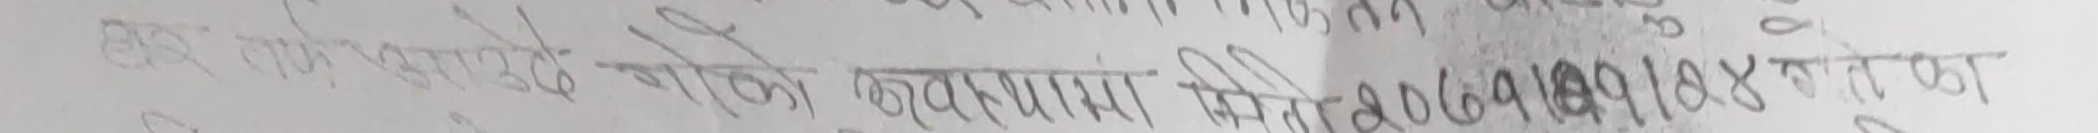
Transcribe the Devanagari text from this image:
अब गांधों हराउदै मौकि कम्यागि मित्र १०० ०७१ ०१८ x १ बोटाका